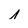
Character: n